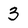
Character: 3